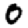
Digit: 0